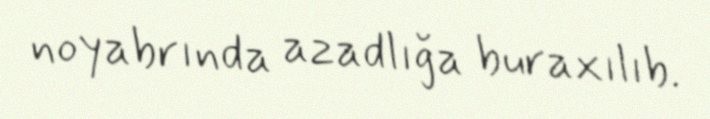
noyabrında azadlığa buraxılıb.